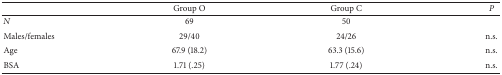
<table><thead><tr><td><b> </b></td><td><b>Group O</b></td><td><b>Group C</b></td><td><b><i>P </i></b></td></tr></thead><tbody><tr><td><i>N</i></td><td>69</td><td>50</td><td> </td></tr><tr><td>Males/females</td><td>29/40</td><td>24/26</td><td>n.s.</td></tr><tr><td>Age</td><td>67.9 (18.2)</td><td>63.3 (15.6)</td><td>n.s.</td></tr><tr><td>BSA</td><td>1.71 (.25)</td><td>1.77 (.24)</td><td>n.s.</td></tr></tbody></table>